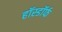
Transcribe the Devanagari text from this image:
हॉस्डॉर्फ